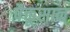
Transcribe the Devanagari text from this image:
पैक्तूसान्